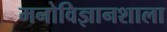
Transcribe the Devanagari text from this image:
मनोविज्ञानशाला